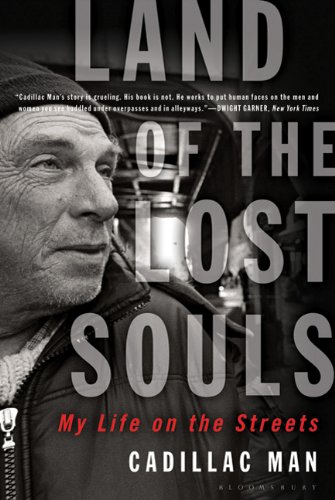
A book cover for Land of the Lost Souls: My Life on the Streets; Cadillac Man; Politics & Social Sciences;